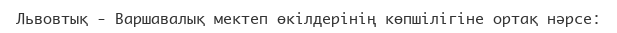
Львовтық - Варшавалық мектеп өкілдерінің көпшілігіне ортақ нәрсе: